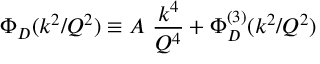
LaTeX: \Phi _ { D } ( k ^ { 2 } / Q ^ { 2 } ) \equiv A \ { \frac { k ^ { 4 } } { Q ^ { 4 } } } + \Phi _ { D } ^ { ( 3 ) } ( k ^ { 2 } / Q ^ { 2 } )